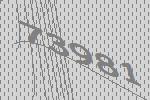
73981